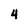
Character: 4